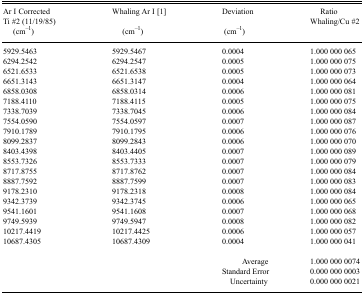
<table><thead><tr><td><b>Ar I Corrected Ti #2 (11/19/85) (cm<sup>−1</sup>)</b></td><td><b>Whaling Ar I [1] (cm<sup>−1</sup>)</b></td><td><b>Deviation (cm<sup>−1</sup>)</b></td><td><b>Ratio Whaling/Cu #2</b></td></tr></thead><tbody><tr><td>5929.5463</td><td>5929.5467</td><td>0.0004</td><td>1.000 000 065</td></tr><tr><td>6294.2542</td><td>6294.2547</td><td>0.0005</td><td>1.000 000 075</td></tr><tr><td>6521.6533</td><td>6521.6538</td><td>0.0005</td><td>1.000 000 073</td></tr><tr><td>6651.3143</td><td>6651.3147</td><td>0.0004</td><td>1.000 000 064</td></tr><tr><td>6858.0308</td><td>6858.0314</td><td>0.0006</td><td>1.000 000 081</td></tr><tr><td>7188.4110</td><td>7188.4115</td><td>0.0005</td><td>1.000 000 075</td></tr><tr><td>7338.7039</td><td>7338.7045</td><td>0.0006</td><td>1.000 000 084</td></tr><tr><td>7554.0590</td><td>7554.0597</td><td>0.0007</td><td>1.000 000 087</td></tr><tr><td>7910.1789</td><td>7910.1795</td><td>0.0006</td><td>1.000 000 076</td></tr><tr><td>8099.2837</td><td>8099.2843</td><td>0.0006</td><td>1.000 000 070</td></tr><tr><td>8403.4398</td><td>8403.4405</td><td>0.0007</td><td>1.000 000 089</td></tr><tr><td>8553.7326</td><td>8553.7333</td><td>0.0007</td><td>1.000 000 079</td></tr><tr><td>8717.8755</td><td>8717.8762</td><td>0.0007</td><td>1.000 000 084</td></tr><tr><td>8887.7592</td><td>8887.7599</td><td>0.0007</td><td>1.000 000 083</td></tr><tr><td>9178.2310</td><td>9178.2318</td><td>0.0008</td><td>1.000 000 084</td></tr><tr><td>9342.3739</td><td>9342.3745</td><td>0.0006</td><td>1.000 000 065</td></tr><tr><td>9541.1601</td><td>9541.1608</td><td>0.0007</td><td>1.000 000 068</td></tr><tr><td>9749.5939</td><td>9749.5947</td><td>0.0008</td><td>1.000 000 082</td></tr><tr><td>10217.4419</td><td>10217.4425</td><td>0.0006</td><td>1.000 000 057</td></tr><tr><td>10687.4305</td><td>10687.4309</td><td>0.0004</td><td>1.000 000 041</td></tr><tr><td>[EMPTY_CELL]</td><td>[EMPTY_CELL]</td><td>Average</td><td>1.000 000 0074</td></tr><tr><td>[EMPTY_CELL]</td><td>[EMPTY_CELL]</td><td>Standard Error</td><td>0.000 000 0003</td></tr><tr><td>[EMPTY_CELL]</td><td>[EMPTY_CELL]</td><td>Uncertainty</td><td>0.000 000 0021</td></tr></tbody></table>